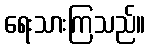
ရေးသားကြသည်။